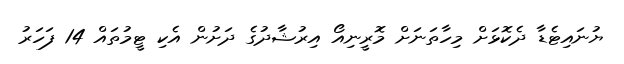
ޔުނައިޓެޑާ ދެކޮޅަށް މިހާތަނަށް މޮރީނިއޯ އިރުޝާދުގެ ދަށުން އެކި ޓީމުތައް 14 ފަހަރު